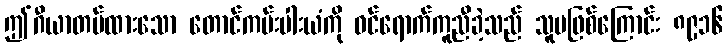
ဤဂီယာတပ်ထားသော တောင်ကမ်းပါးယံကို ဝင်ရောက်ကူညီခဲ့သည် သူမဖြစ်ကြောင်း ၈၉၁၆